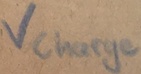
Text: Vcharge